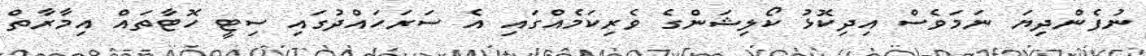
ނުފެންދިޔަ ނަމަވެސް އިދިކޮޅު ކޯލިޝަންގެ ވެރިކަމެއްގައި އެ ސަރަހައްދުގައި ސިޓީ ހޮޓާތައް އިމާރާތް